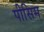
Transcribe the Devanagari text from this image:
पीसिम